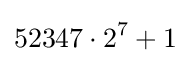
52347\cdot 2^{7}+1